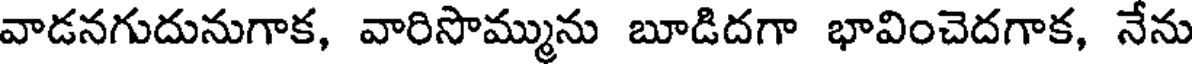
వాడనగుదునుగాక, వారిసొమ్మును బూడిదగా భావించెదగాక, నేను